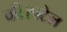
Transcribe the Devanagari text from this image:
की।पटेल